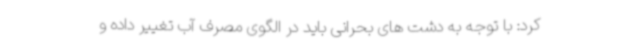
کرد: با توجه به دشت های بحرانی باید در الگوی مصرف آب تغییر داده و